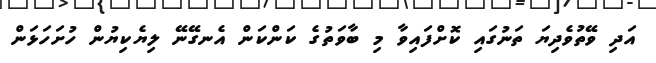
އަދި ވޭތުވެދިޔަ ތަނުގައި ކޮށްފައިވާ މި ބާވަތުގެ ކަންކަން އެނގޭނޭ ލިޔެކިޔުން ހުށަަހަޅަން